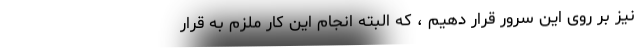
نیز بر روی این سرور قرار دهیم ، که البته انجام این کار ملزم به قرار